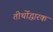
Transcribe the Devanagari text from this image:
तीर्थोद्धारक